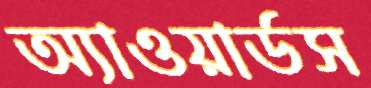
অ্যাওয়ার্ডস